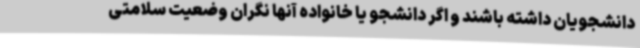
دانشجویان داشته باشند و اگر دانشجو یا خانواده آنها نگران وضعیت سلامتی